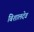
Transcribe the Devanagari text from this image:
बिशालदेव